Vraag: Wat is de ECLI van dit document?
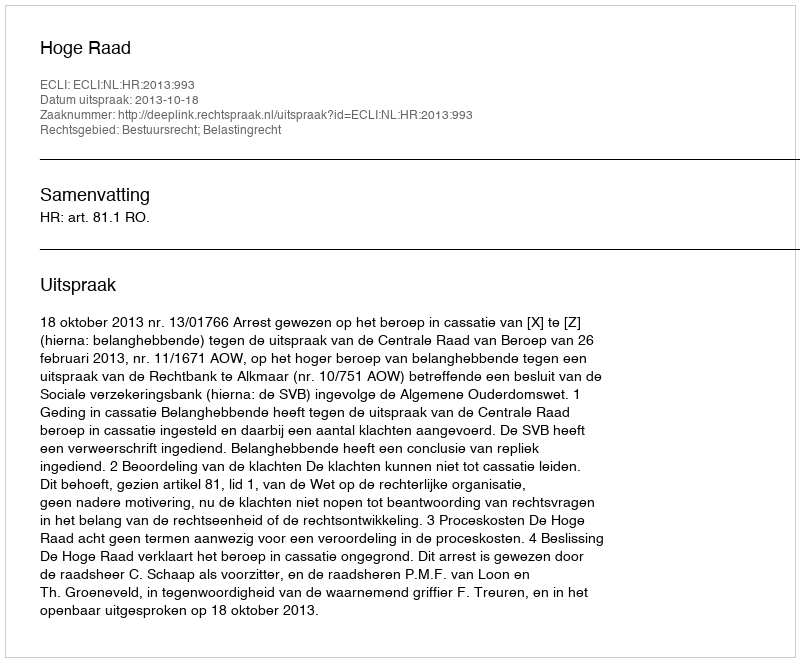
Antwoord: ECLI:NL:HR:2013:993